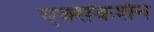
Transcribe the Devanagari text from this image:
एक्सकर्शन